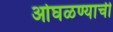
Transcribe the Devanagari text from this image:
ओघळण्याची